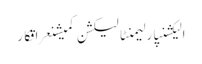
الیکشنپارلیمنٹالیکشن کمیشنعراقکار